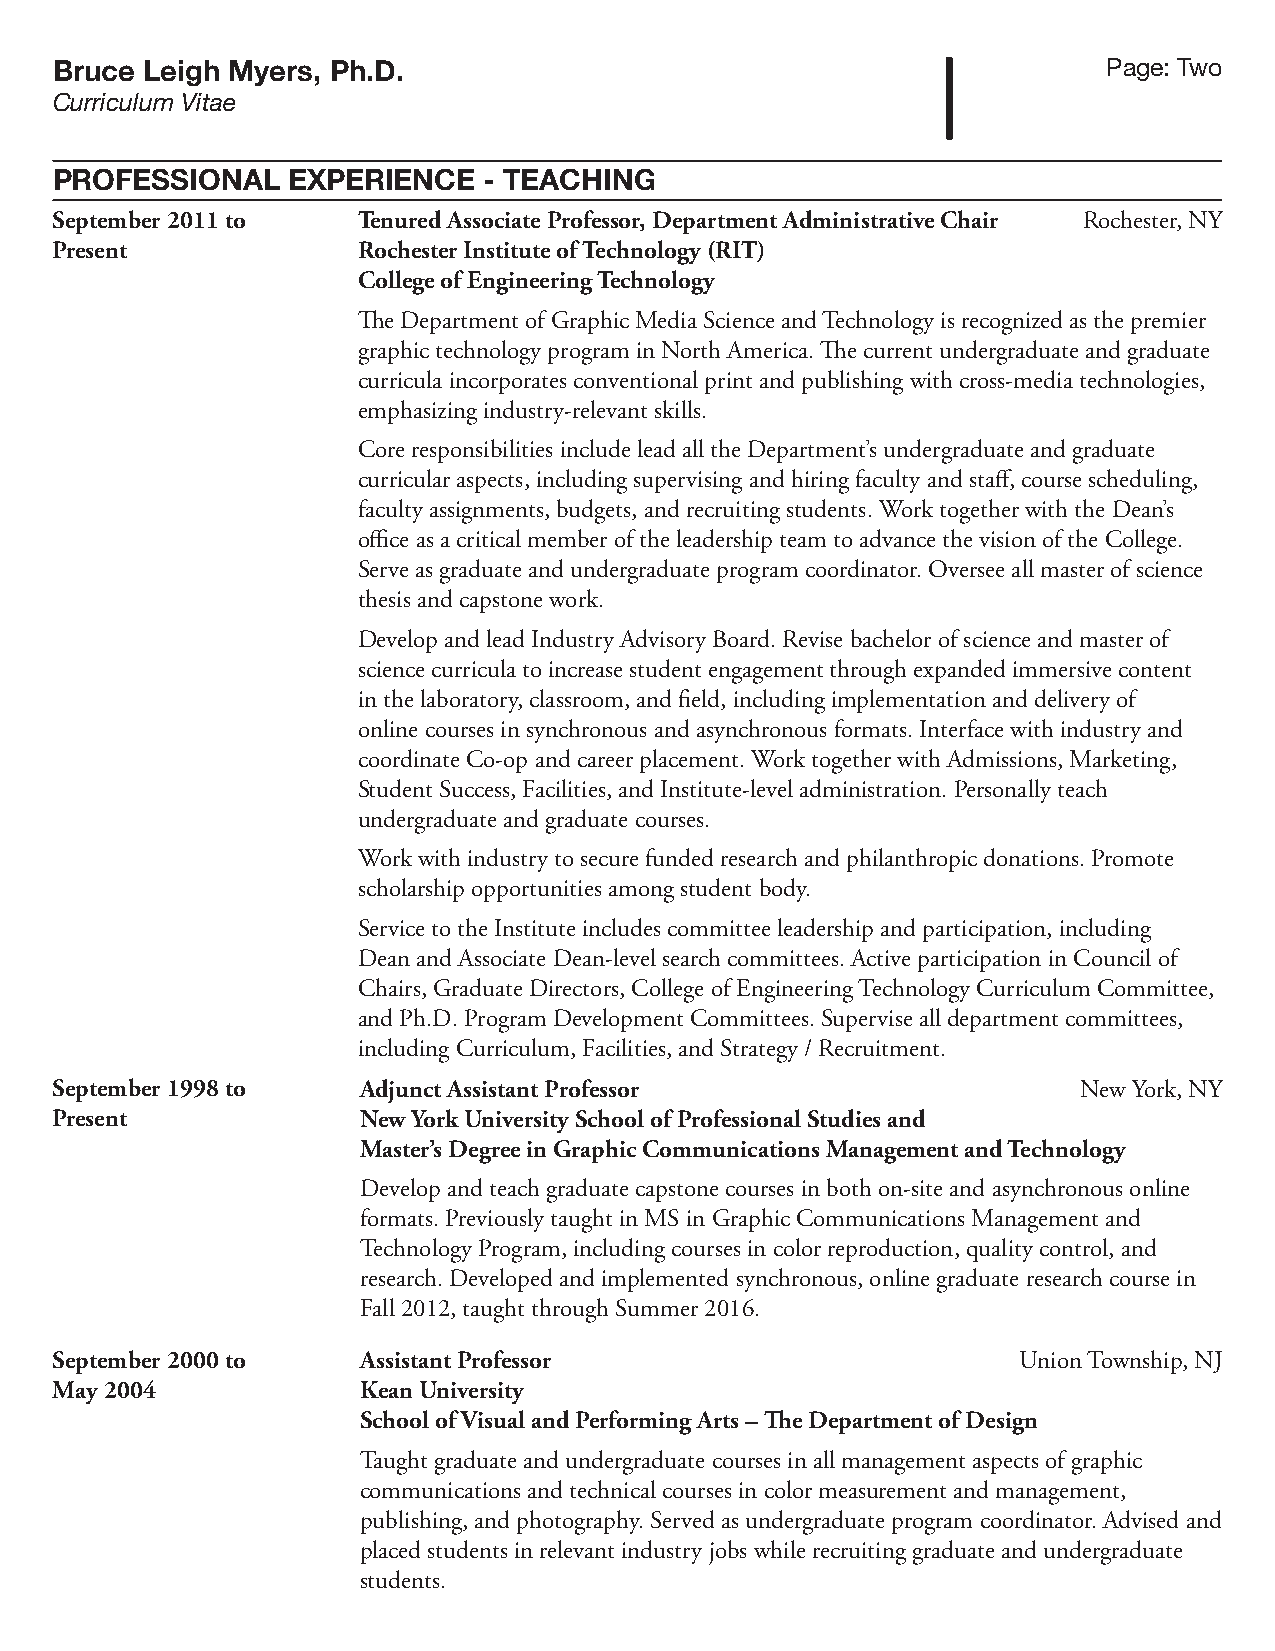
Bruce Leigh Myers, Ph.D.                                              Page: Two
 Curriculum Vitae
 PROFESSIONAL    EXPERIENCE   - TEACHING
 September 2011 to    Tenured Associate Professor, Department Administrative Chair Rochester, NY
 Present              Rochester Institute of Technology (RIT)
 College of Engineering Technology
 The Department of Graphic Media Science and Technology is recognized as the premier
 graphic technology program in North America. The current undergraduate and graduate
 curricula incorporates conventional print and publishing with cross-media technologies,
 emphasizing industry-relevant skills.
 Core responsibilities include lead all the Department’s undergraduate and graduate
 curricular aspects, including supervising and hiring faculty and staff, course scheduling,
 faculty assignments, budgets, and recruiting students. Work together with the Dean’s
 office as a critical member of the leadership team to advance the vision of the College.
 Serve as graduate and undergraduate program coordinator. Oversee all master of science
 thesis and capstone work.
 Develop and lead Industry Advisory Board. Revise bachelor of science and master of
 science curricula to increase student engagement through expanded immersive content
 in the laboratory, classroom, and field, including implementation and delivery of
 online courses in synchronous and asynchronous formats. Interface with industry and
 coordinate Co-op and career placement. Work together with Admissions, Marketing,
 Student Success, Facilities, and Institute-level administration. Personally teach
 undergraduate and graduate courses.
 Work with industry to secure funded research and philanthropic donations. Promote
 scholarship opportunities among student body.
 Service to the Institute includes committee leadership and participation, including
 Dean and Associate Dean-level search committees. Active participation in Council of
 Chairs, Graduate Directors, College of Engineering Technology Curriculum Committee,
 and Ph.D. Program Development Committees. Supervise all department committees,
 including Curriculum, Facilities, and Strategy / Recruitment.
 September 1998 to    Adjunct Assistant Professor                     New York, NY
 Present              New York University School of Professional Studies and
 Master’s Degree in Graphic Communications Management and Technology
 Develop and teach graduate capstone courses in both on-site and asynchronous online
 formats. Previously taught in MS in Graphic Communications Management and
 Technology Program, including courses in color reproduction, quality control, and
 research. Developed and implemented synchronous, online graduate research course in
 Fall 2012, taught through Summer 2016.
 September 2000 to    Assistant Professor                        Union Township, NJ
 May 2004             Kean University
 School of Visual and Performing Arts – The Department of Design
 Taught graduate and undergraduate courses in all management aspects of graphic
 communications and technical courses in color measurement and management,
 publishing, and photography. Served as undergraduate program coordinator. Advised and
 placed students in relevant industry jobs while recruiting graduate and undergraduate
 students.